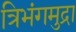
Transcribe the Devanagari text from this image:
त्रिभंगमुद्रा